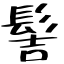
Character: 髻